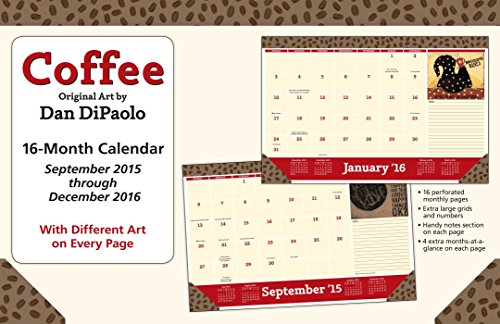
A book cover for Coffee 2015-2016 16-Month Desk Pad Calendar: September 2015 through December 2016; Dan DiPaolo; Calendars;